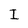
Character: I